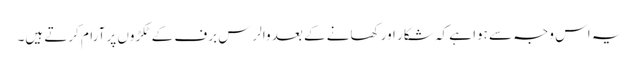
یہ اس وجہ سے ہوا ہے کہ شکار اور کھانے کے بعد والرس برف کے ٹکڑوں پر آرام کرتے ہیں۔